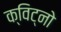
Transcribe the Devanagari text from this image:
क्विट्नो